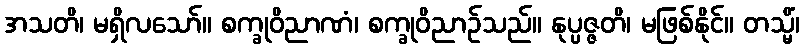
အသတိ၊ မရှိလသော်။ စက္ခုဝိညာဏံ၊ စက္ခုဝိညာဉ်သည်။ နုပ္ပဇ္ဇတိ၊ မဖြစ်နိုင်။ တသ္မိံ၊